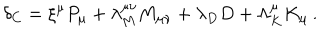
LaTeX: \delta _ { C } = \xi ^ { \mu } P _ { \mu } + \lambda _ { M } ^ { \mu \nu } M _ { \mu \nu } + \lambda _ { D } D + \Lambda _ { K } ^ { \mu } K _ { \mu } \, .